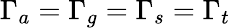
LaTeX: \Gamma_{a}=\Gamma_{g}=\Gamma_{s}=\Gamma_{t}